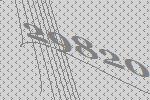
29820